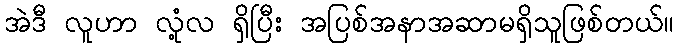
အဲဒီ လူဟာ လုံ့လ ရှိပြီး အပြစ်အနာအဆာမရှိသူဖြစ်တယ်။